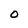
Character: 0